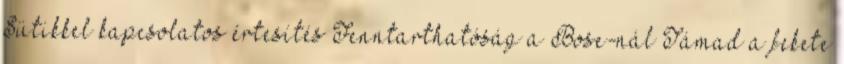
Sütikkel kapcsolatos értesítés Fenntarthatóság a Bose-nál Támad a fekete